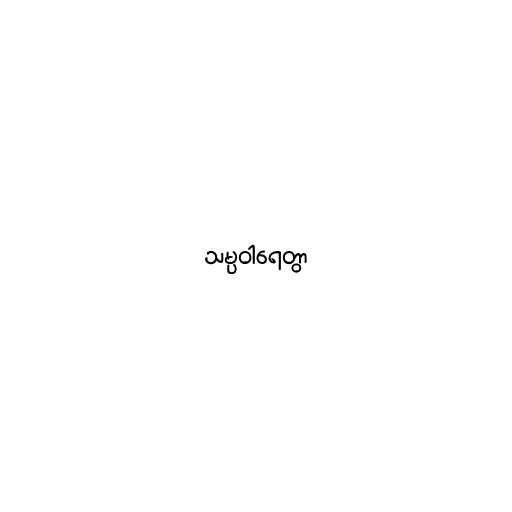
သမ္ပဝါရေတွာ